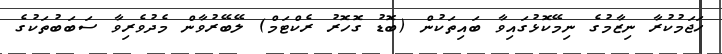
ހަޖަމުކުރާ ނިޒާމުގެ ނިމޭކޮޅުގައިވާ ބައިތަކުން (ބޮޑު ގޮހޮރު ރެކްޓަމް) ލޭބޭރުވާން މެދުވެރިވާ ސަބަބުތަކުގެ